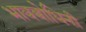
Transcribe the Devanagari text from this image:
भावबोधिनी